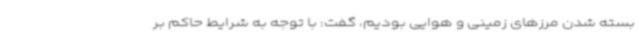
بسته شدن مرزهای زمینی و هوایی بودیم، گفت: با توجه به شرایط حاکم بر